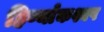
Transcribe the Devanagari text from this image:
हिर्ण्याकश्यप